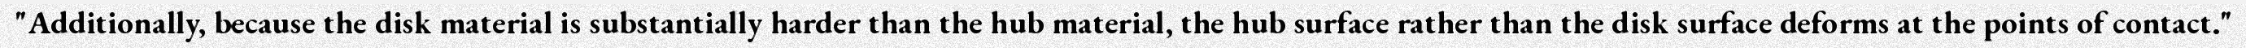
"Additionally, because the disk material is substantially harder than the hub material, the hub surface rather than the disk surface deforms at the points of contact."